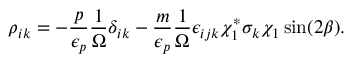
\rho _ { i k } = - \frac { p } { \epsilon _ { p } } \frac { 1 } { \Omega } \delta _ { i k } - \frac { m } { \epsilon _ { p } } \frac { 1 } { \Omega } \epsilon _ { i j k } \chi _ { 1 } ^ { * } \sigma _ { k } \chi _ { 1 } \sin ( 2 \beta ) .